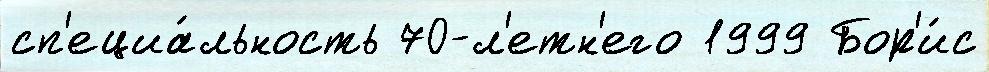
сп'ециа́льность 70-л'етн'его 1999 Бор'и́с